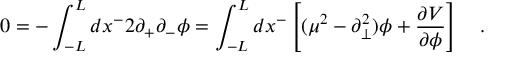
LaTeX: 0 = - \int _ { - L } ^ { L } d x ^ { - } 2 \partial _ { + } \partial _ { - } \phi = \int _ { - L } ^ { L } d x ^ { - } \left[ ( \mu ^ { 2 } - \partial _ { \bot } ^ { 2 } ) \phi + \frac { \partial V } { \partial \phi } \right] \quad .